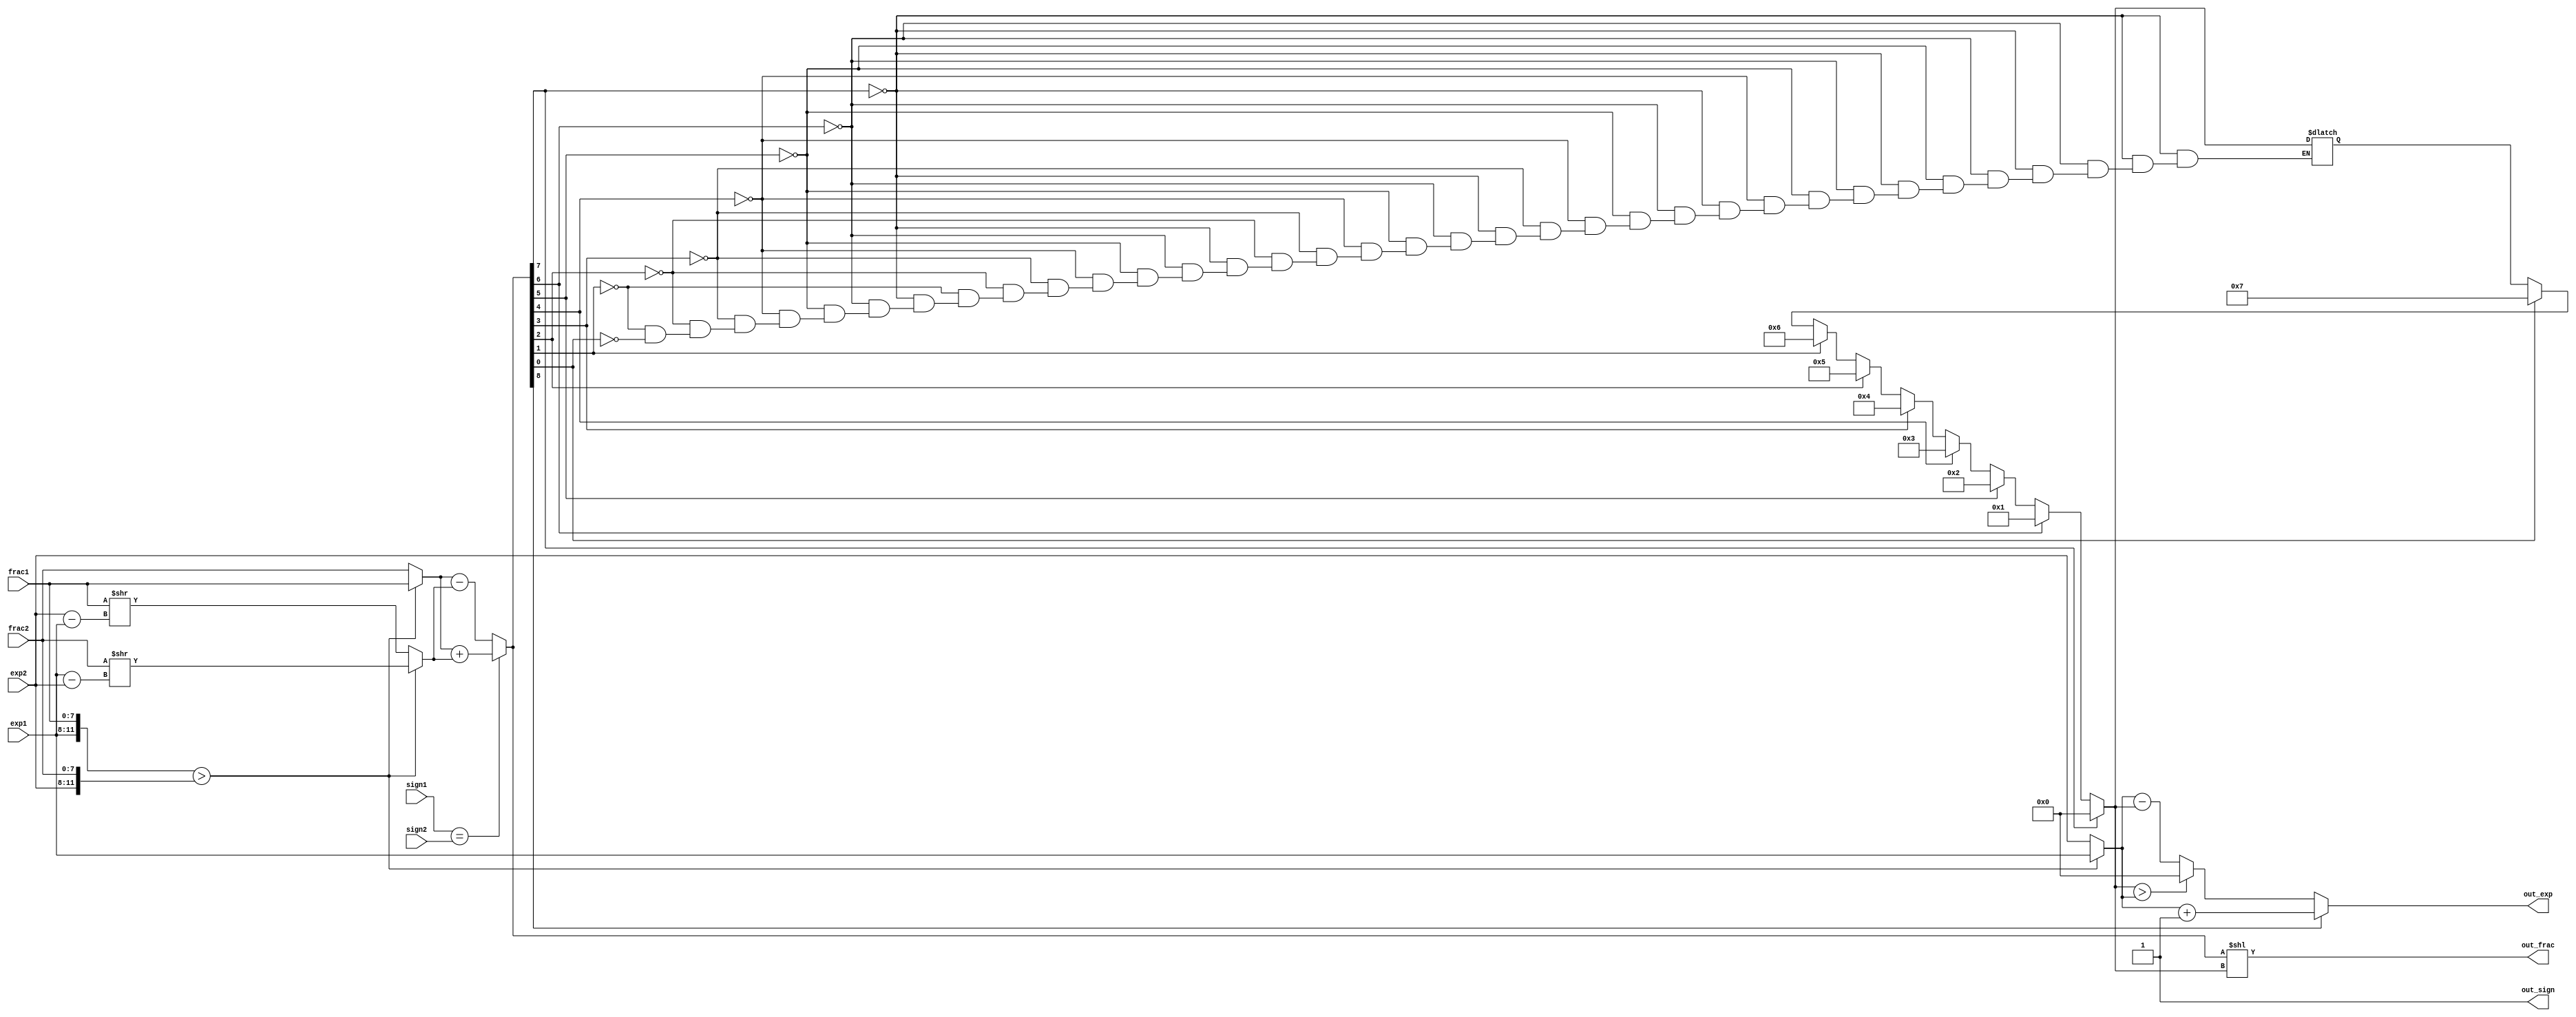
module fp (
    input wire [7:0] frac1,frac2,
    input wire [3:0] exp1,exp2,
    input wire sign1,sign2,
    output reg [3:0]out_exp,
    output reg [7:0]out_frac,
    output reg out_sign
);
reg[7:0]frac_b,frac_s,frac_n;
reg[3:0]exp_b,exp_s,exp_diff,exp_n;
reg[8:0]sum,sum_n;
reg[3:0]lead0;
always @*
begin
if({exp1,frac1}>{exp2,frac2})
    begin
        exp_b=exp1;
        exp_s=exp2;
        frac_b=frac1;
        exp_diff=exp_b-exp_s;
        frac_n=frac2>>exp_diff;
    end    
else
    begin
        exp_b=exp2;
        exp_s=exp1;
        frac_b=frac2;
        exp_diff=exp_b-exp_s;
        frac_n=frac1>>exp_diff;
    end
if(sign1==sign2)
sum={1'b0,frac_b}+{1'b0,frac_n};
else
sum={1'b0,frac_b}-{1'b0,frac_n};
if(sum[7])
lead0=3'o0;
else if(sum[6])
lead0=3'o1;
else if(sum[5])
lead0=3'o2;
else if(sum[4])
lead0=3'o3;
else if(sum[3])
lead0=3'o4;
else if(sum[2])
lead0=3'o5;
else if(sum[1])
lead0=3'o6;
else if(sum[0])
lead0=3'o7;

sum_n=sum<<lead0;
if (sum[8]) // with carry out; shift frac lo right 
begin 
exp_n = exp_b + 1; 
frac_n = sum [8:1] ; 
end 
else if (lead0 > exp_b) // too small to normalize 
begin 
exp_n = 0; // set to 0 
frac_n = 0; 
end 
else 
begin 
exp_n = exp_b - lead0; 
frac_n = sum_n; 
end 
end
always@*
begin
out_frac=sum_n;
out_exp=exp_n;
out_sign= 1;
end

endmodule